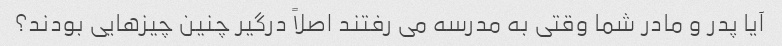
آیا پدر و مادر شما وقتی به مدرسه می رفتند اصلاً درگیر چنین چیزهایی بودند؟